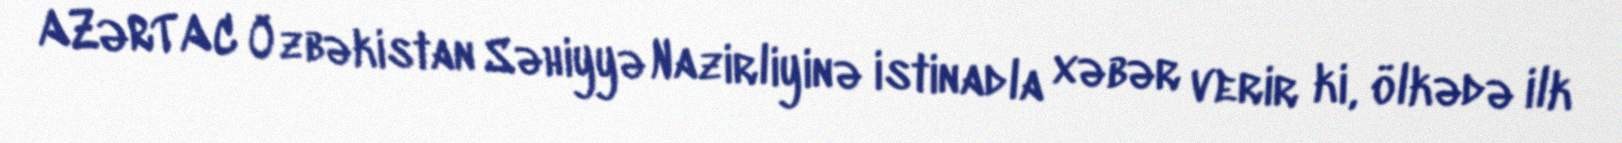
AZƏRTAC Özbəkistan Səhiyyə Nazirliyinə istinadla xəbər verir ki, ölkədə ilk